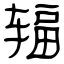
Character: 辐